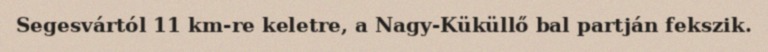
Segesvártól 11 km-re keletre, a Nagy-Küküllő bal partján fekszik.